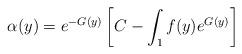
LaTeX: \begin{align*}\alpha(y)=e^{-G(y)}\left[C-\int_{1}f(y)e^{G(y)}\right]\end{align*}